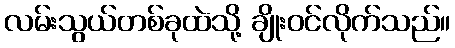
လမ်းသွယ်တစ်ခုထဲသို့ ချိုးဝင်လိုက်သည်။